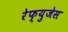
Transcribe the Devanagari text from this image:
रेफ्युजेस